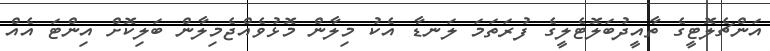
އަންޗެލޮޓީގެ ތާއީދުބަލޮޓެލީގެ ފުރަތަމަ ލަނޑާ އެކު މިލާން މޮޅުވެއްޖެމިލާން ބަލިކޮށް އިންޓަ އެއް